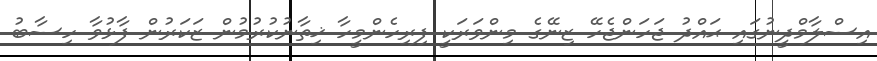
އިސްލާމްދީނުގައި ޙައްދު ޖަހަންޖެހޭ ޒިނޭގެ މިންވަރަކީ ފިރިހެންމީހާ ޚިތާނުކުރުމުން ޒަކަރުން ފާޅުވާ ހިސާބު